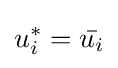
u_{i}^{*}={\bar {u_{i}}}